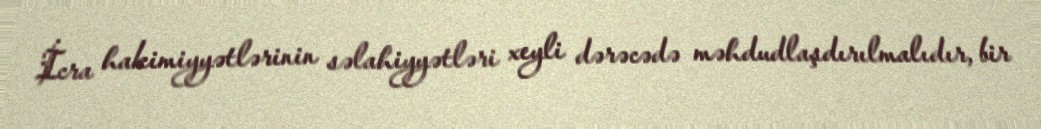
İcra hakimiyyətlərinin səlahiyyətləri xeyli dərəcədə məhdudlaşdırılmalıdır, bir